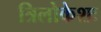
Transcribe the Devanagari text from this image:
त्रिलोकेशः